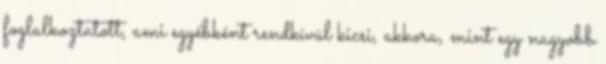
foglalkoztatott, ami egyébként rendkívül kicsi, akkora, mint egy nagyobb